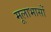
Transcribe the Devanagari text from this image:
मूलाभासों